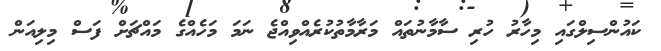
ކައުންސިލްގައި މިހާރު ހުރި ސާމާނުތައް މަރާމާތުކުރެއްވިއްޖެ ނަމަ މަހެއްގެ މައްޗަށް ފަސް މިލިއަން